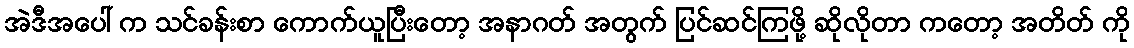
အဲဒီအပေါ် က သင်ခန်းစာ ကောက်ယူပြီးတော့ အနာဂတ် အတွက် ပြင်ဆင်ကြဖို့ ဆိုလိုတာ ကတော့ အတိတ် ကို